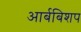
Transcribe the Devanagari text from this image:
आर्बबिशप